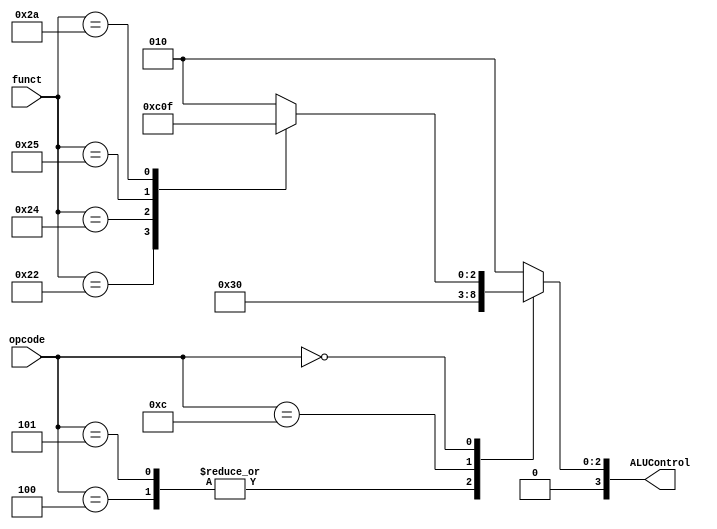
module ALU_Control(ALUControl,opcode,funct);
    input [5:0]opcode;
    input [5:0]funct;
    output [3:0]ALUControl;
    reg [3:0]ALUControl;
    
    always @(funct,opcode) begin
        case(opcode)
            6'h2b: ALUControl<=4'b0010;  //sw
            6'h23: ALUControl<=4'b0010;  //lw
            6'h04: ALUControl<=4'b0110;  //beq
            6'h05: ALUControl<=4'b0110;  //bne
            6'h08: ALUControl<=4'b0010;  //addi
            6'h0c: ALUControl<=4'b0000;  //andi
            6'h00: 
                case(funct)
                    6'h20: ALUControl=4'b0010;  //add
                    6'h22: ALUControl=4'b0110;  //sub
                    6'h24: ALUControl=4'b0000;  //and
                    6'h25: ALUControl=4'b0001;  //or
                    6'h2a: ALUControl=4'b0111;  //slt
                    default ALUControl=4'b0010;
                endcase
            default ALUControl=4'b0010;
        endcase
    end
endmodule